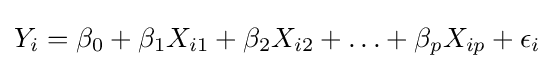
Y_{i}=\beta _{0}+\beta _{1}X_{i1}+\beta _{2}X_{i2}+\ldots +\beta _{p}X_{ip}+\epsilon _{i}